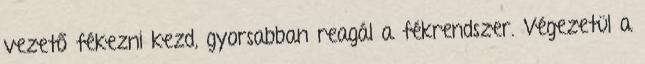
vezető fékezni kezd, gyorsabban reagál a fékrendszer. Végezetül a